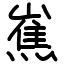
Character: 嶣